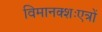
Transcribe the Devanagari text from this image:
विमानक्शःएत्रों